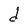
Character: d